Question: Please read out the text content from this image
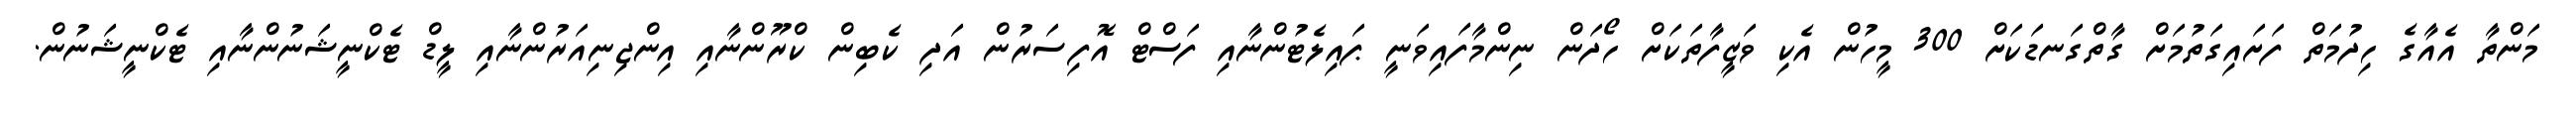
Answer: މަންތާ އެއާގެ ހިދުމަތް ފަށައިގަތުމަށް ގާތްގަނޑަކަށް 300 މީހުން އެކި ވަޒީފާތަކަށް ހޯދަން ނިންމާފައިވަނީ ޕައިލެޓުންނާއި ފަސްޓް އޮފިސަރުން އަދި ކެބިން ކްރޫންނާއި އިންޖިނިއަރުންނާއި ލީޑް ޓެކްނީޝަނުންނާއި ޓެކްނީޝަނުން.